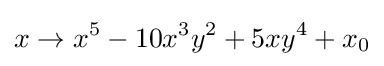
x\to x^{5}-10x^{3}y^{2}+5xy^{4}+x_{0}